Indian journal of veterinary science and animal husbandry - Volumes 22-23, 1952-1953
Year: 1952
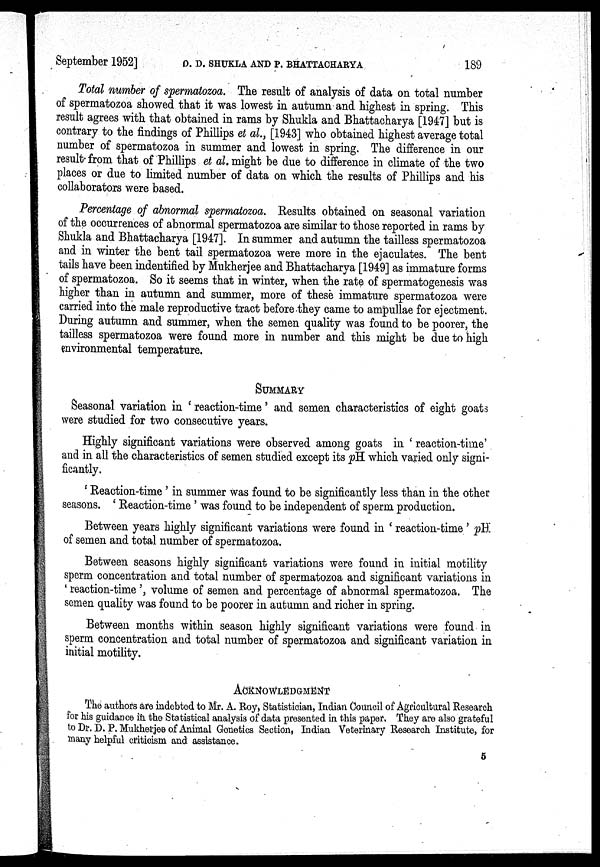
September 1952] D. D. SHUKLA AND P. BHATTACHARYA 189
Total number of spermatozoa. The result of analysis of data on total number
of spermatozoa showed that it was lowest in autumn and highest in spring. This
result agrees with that obtained in rams by Shukla and Bhattacharya [1947] but is
contrary to the findings of Phillips et al., [1943] who obtained highest average total
number of spermatozoa in summer and lowest in spring. The difference in our
result from that of Phillips et al., might be due to difference in climate of the two
places or due to limited number of data on which the results of Phillips and his
collaborators were based.
Percentage of abnormal spermatozoa. Results obtained on seasonal variation
of the occurrences of abnormal spermatozoa are similar to those reported in rams by
Shukla and Bhattacharya [1947]. In summer and autumn the tailless spermatozoa
and in winter the bent tail spermatozoa were more in the ejaculates. The bent
tails have been indentified by Mukherjee and Bhattacharya [1949] as immature forms
of spermatozoa. So it seems that in winter, when the rate of spermatogenesis was
higher than in autumn and summer, more of these immature spermatozoa were
carried into the male reproductive tract before they came to ampullae for ejectment.
During autumn and summer, when the semen quality was found to be poorer, the
tailless spermatozoa were found more in number and this might be due to high
environmental temperature.
SUMMARY
Seasonal variation in 'reaction-time' and semen characteristics of eight goats
were studied for two consecutive years.
Highly significant variations were observed among goats in 'reaction-time'
and in all the characteristics of semen studied except its pH which varied only signi-
ficantly.
' Reaction-time' in summer was found to be significantly less than in the other
seasons. 'Reaction-time' was found to be independent of sperm production.
Between years highly significant variations were found in 'reaction-time' pH'.
of semen and total number of spermatozoa.
Between seasons highly significant variations were found in initial motility
sperm concentration and total number of spermatozoa and significant variations in
'reaction-time', volume of semen and percentage of abnormal spermatozoa. The
semen quality was found to be poorer in autumn and richer in spring.
Between months within season highly significant variations were found in
sperm concentration and total number of spermatozoa and significant variation in
initial motility.
ACKNOWLEDGEMENT
The authors are indebted to Mr. A. Roy, Statistician, Indian Council of Agricultural Research
for his guidance in the Statistical analysis of data presented in this paper. They are also grateful
to Dr. D. P. Mukherjee of Animal Gonetics Section, Indian Veterinary Research Institute, for
many helpful criticism and assistance.
5